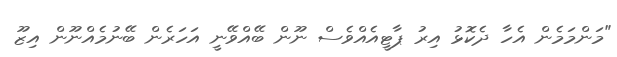
"މަންމަމެން އެހާ ދެކޮޅު އިރު ޕާޓީއެއްވެސް ނޫން ބޭއްވޭނީ އަހަރެން ބޭނުމެއްނޫން އިޒޫ